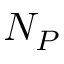
N _ { P }